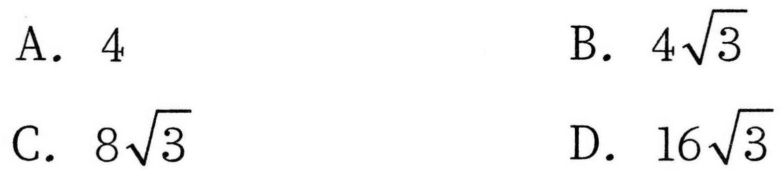
A. \(4\)  B. \(4\sqrt{3}\)  C. \(8\sqrt{3}\)  D. \(16\sqrt{3}\)